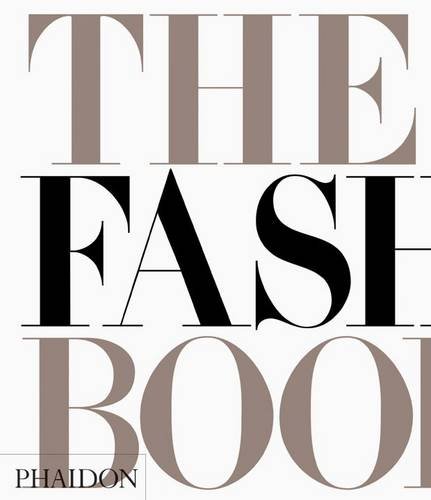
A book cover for The Fashion Book - Midi Edition; Editors of Phaidon Press; Arts & Photography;